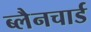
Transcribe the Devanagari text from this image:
ब्लैनचार्ड